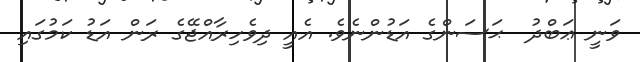
ވަނީ ޢަބްދު  ޙަސަންގެ އަޑުންނެވެ. އެއީ ދިވެހިރާއްޖޭގެ ރަން އަޑު ކަމުގައި